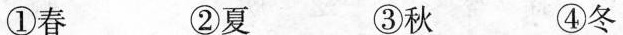
①春 ②夏 ③秋 ④冬